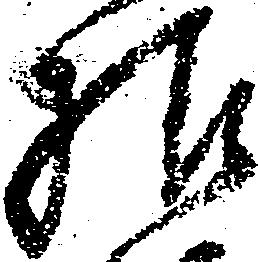
様